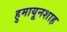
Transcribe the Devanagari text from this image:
हुमायूनशाह